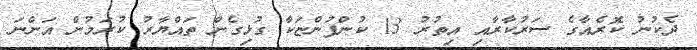
ދެކުނު ކޮރެއާގެ ސަރުކާރާއި އިތުރު 13 ކުންފުންޏަކާ ގުޅިގެން ތައްޔާރު ކުރަމުން އަންނަ